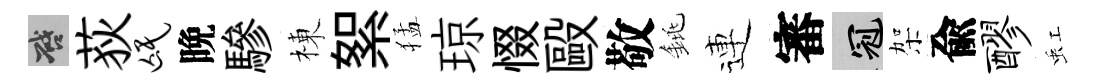
啓荻氓晩驂棟絮猛琼惙毆敬銚連審冠架兪醪虹